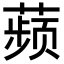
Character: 𬞟